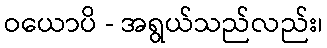
ဝယောပိ - အရွယ်သည်လည်း၊